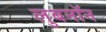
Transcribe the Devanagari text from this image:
लुबनॉन